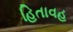
હિતાવહ